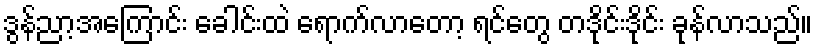
ဒွန်ညာ့အကြောင်း ခေါင်းထဲ ရောက်လာတော့ ရင်တွေ တဒိုင်းဒိုင်း ခုန်လာသည်။